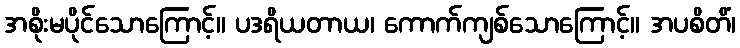
အစိုးမပိုင်သောကြောင့်။ ပဒရိယတာယ၊ ကောက်ကျစ်သောကြောင့်။ အပစိတိံ၊